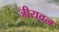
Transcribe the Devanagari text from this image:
जीरावल